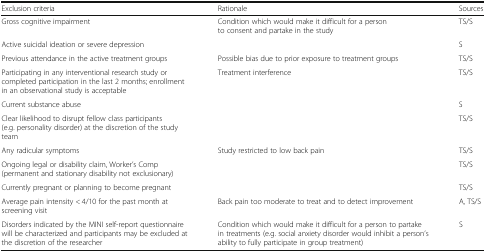
<table><thead><tr><td><b>Exclusion criteria</b></td><td><b>Rationale</b></td><td><b>Sources</b></td></tr></thead><tbody><tr><td>Gross cognitive impairment</td><td>Condition which would make it difficult for a person to consent and partake in the study</td><td>TS/S</td></tr><tr><td>Active suicidal ideation or severe depression</td><td></td><td>S</td></tr><tr><td>Previous attendance in the active treatment groups</td><td>Possible bias due to prior exposure to treatment groups</td><td>TS/S</td></tr><tr><td>Participating in any interventional research study or completed participation in the last 2 months; enrollment in an observational study is acceptable</td><td>Treatment interference</td><td>TS/S</td></tr><tr><td>Current substance abuse</td><td></td><td>S</td></tr><tr><td>Clear likelihood to disrupt fellow class participants (e.g. personality disorder) at the discretion of the study team</td><td></td><td>TS/S</td></tr><tr><td>Any radicular symptoms</td><td>Study restricted to low back pain</td><td>TS/S</td></tr><tr><td>Ongoing legal or disability claim, Worker’s Comp (permanent and stationary disability not exclusionary)</td><td></td><td>TS/S</td></tr><tr><td>Currently pregnant or planning to become pregnant</td><td></td><td>TS/S</td></tr><tr><td>Average pain intensity &lt; 4/10 for the past month at screening visit</td><td>Back pain too moderate to treat and to detect improvement</td><td>A, TS/S</td></tr><tr><td>Disorders indicated by the MINI self-report questionnaire will be characterized and participants may be excluded at the discretion of the researcher</td><td>Condition which would make it difficult for a person to partake in treatments (e.g. social anxiety disorder would inhibit a person’s ability to fully participate in group treatment)</td><td>S</td></tr></tbody></table>